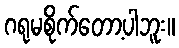
ဂရုမစိုက်တော့ပါဘူး။